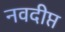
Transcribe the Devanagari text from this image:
नवदीप्त